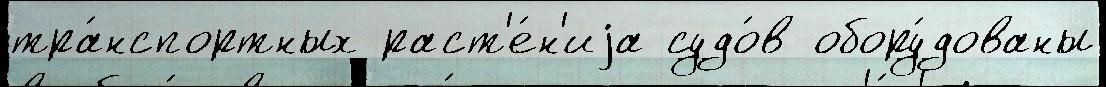
тра́нспортных раст'е́н'иjа судо́в обору́дованы